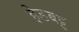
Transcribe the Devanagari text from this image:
हेडबट्ट